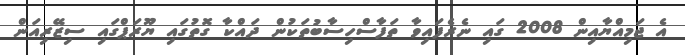
އެ ޖަމިއްޔާއިން 2008 ގައި ނެރެފައިވާ ތަފާސްހިސާބުތަކުން ދައްކާ ގޮތުގައި ޔޫރަޕްގައި ސިޒޭރިއަން